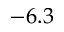
- 6 . 3